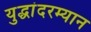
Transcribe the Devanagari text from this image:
युद्धांदरम्यान